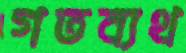
গতব্যথ